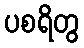
ပစရိတွ